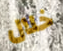
خلال